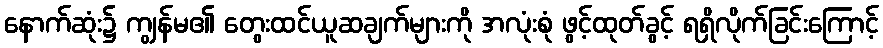
နောက်ဆုံး၌ ကျွန်မ၏ တွေးထင်ယူဆချက်များကို အလုံးစုံ ဖွင့်ထုတ်ခွင့် ရရှိလိုက်ခြင်းကြောင့်